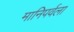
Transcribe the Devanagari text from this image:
मानिपर्वला